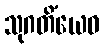
သုဂတိံယေဝ